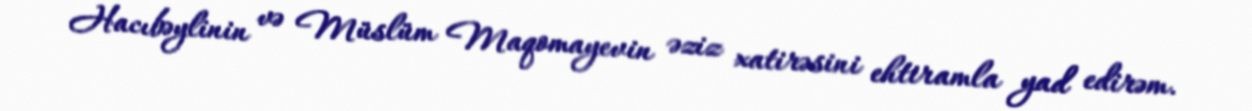
Hacıbəylinin və Müslüm Maqomayevin əziz xatirəsini ehtiramla yad edirəm.